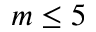
m \le 5